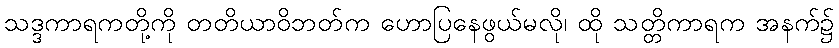
သဒ္ဒကာရကတို့ကို တတိယာဝိဘတ်က ဟောပြနေဖွယ်မလို၊ ထို သတ္တိကာရက အနက်၌